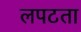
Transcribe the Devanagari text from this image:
लपटता